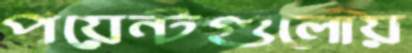
পয়েন্টগুলোয়